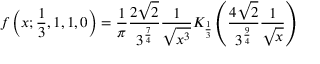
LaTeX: f \left( x ; { \frac { 1 } { 3 } } , 1 , 1 , 0 \right) = { \frac { 1 } { \pi } } { \frac { 2 { \sqrt { 2 } } } { 3 ^ { \frac { 7 } { 4 } } } } { \frac { 1 } { \sqrt { x ^ { 3 } } } } K _ { \frac { 1 } { 3 } } \left( { \frac { 4 { \sqrt { 2 } } } { 3 ^ { \frac { 9 } { 4 } } } } { \frac { 1 } { \sqrt { x } } } \right)